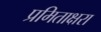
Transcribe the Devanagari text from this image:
प्रमिताक्षरा